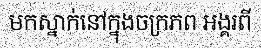
មកស្នាក់នៅក្នុងចក្រភព អង្គរពី